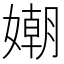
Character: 𡡲